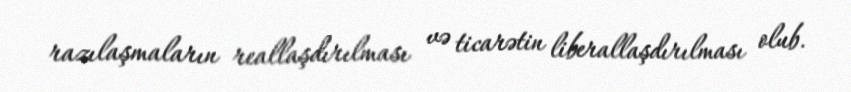
razılaşmaların reallaşdırılması və ticarətin liberallaşdırılması olub.